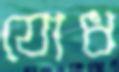
যোধ